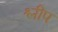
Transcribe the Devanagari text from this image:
श्लीप